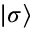
| \sigma \rangle